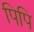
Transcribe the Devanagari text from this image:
पिपि